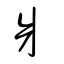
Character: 爿